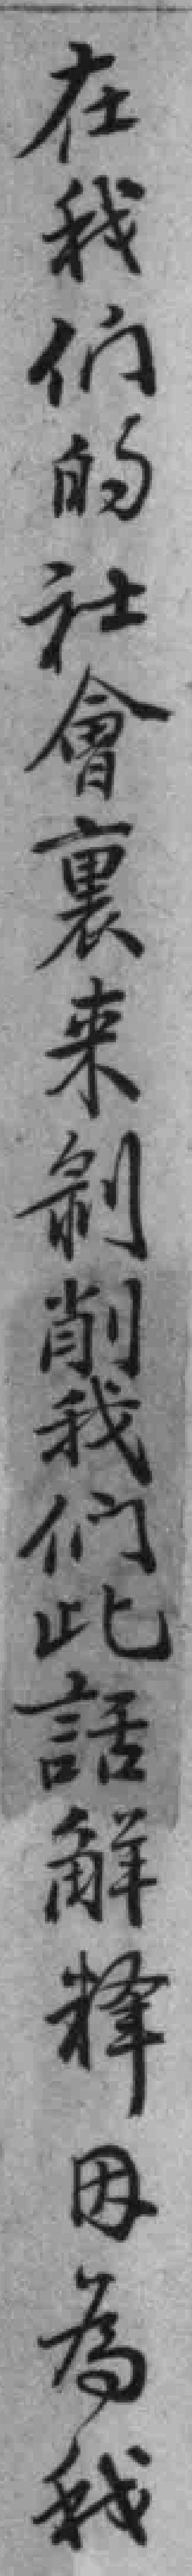
在我们的社會裏来剝削我们此話解釋因為我